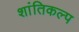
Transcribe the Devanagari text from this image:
शांतिकल्प